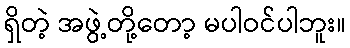
ရှိတဲ့ အဖွဲ့တို့တော့ မပါဝင်ပါဘူး။